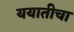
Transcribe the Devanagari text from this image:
ययातीचा